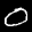
Label: 0